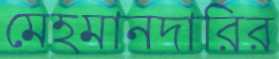
মেহমানদারির